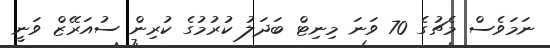
ނަމަވެސް މެޗުގެ 70 ވަނަ މިނިޓް ބަދަލު ކުރުމުގެ ކުރިން ސުއަރޭޒް ވަނީ